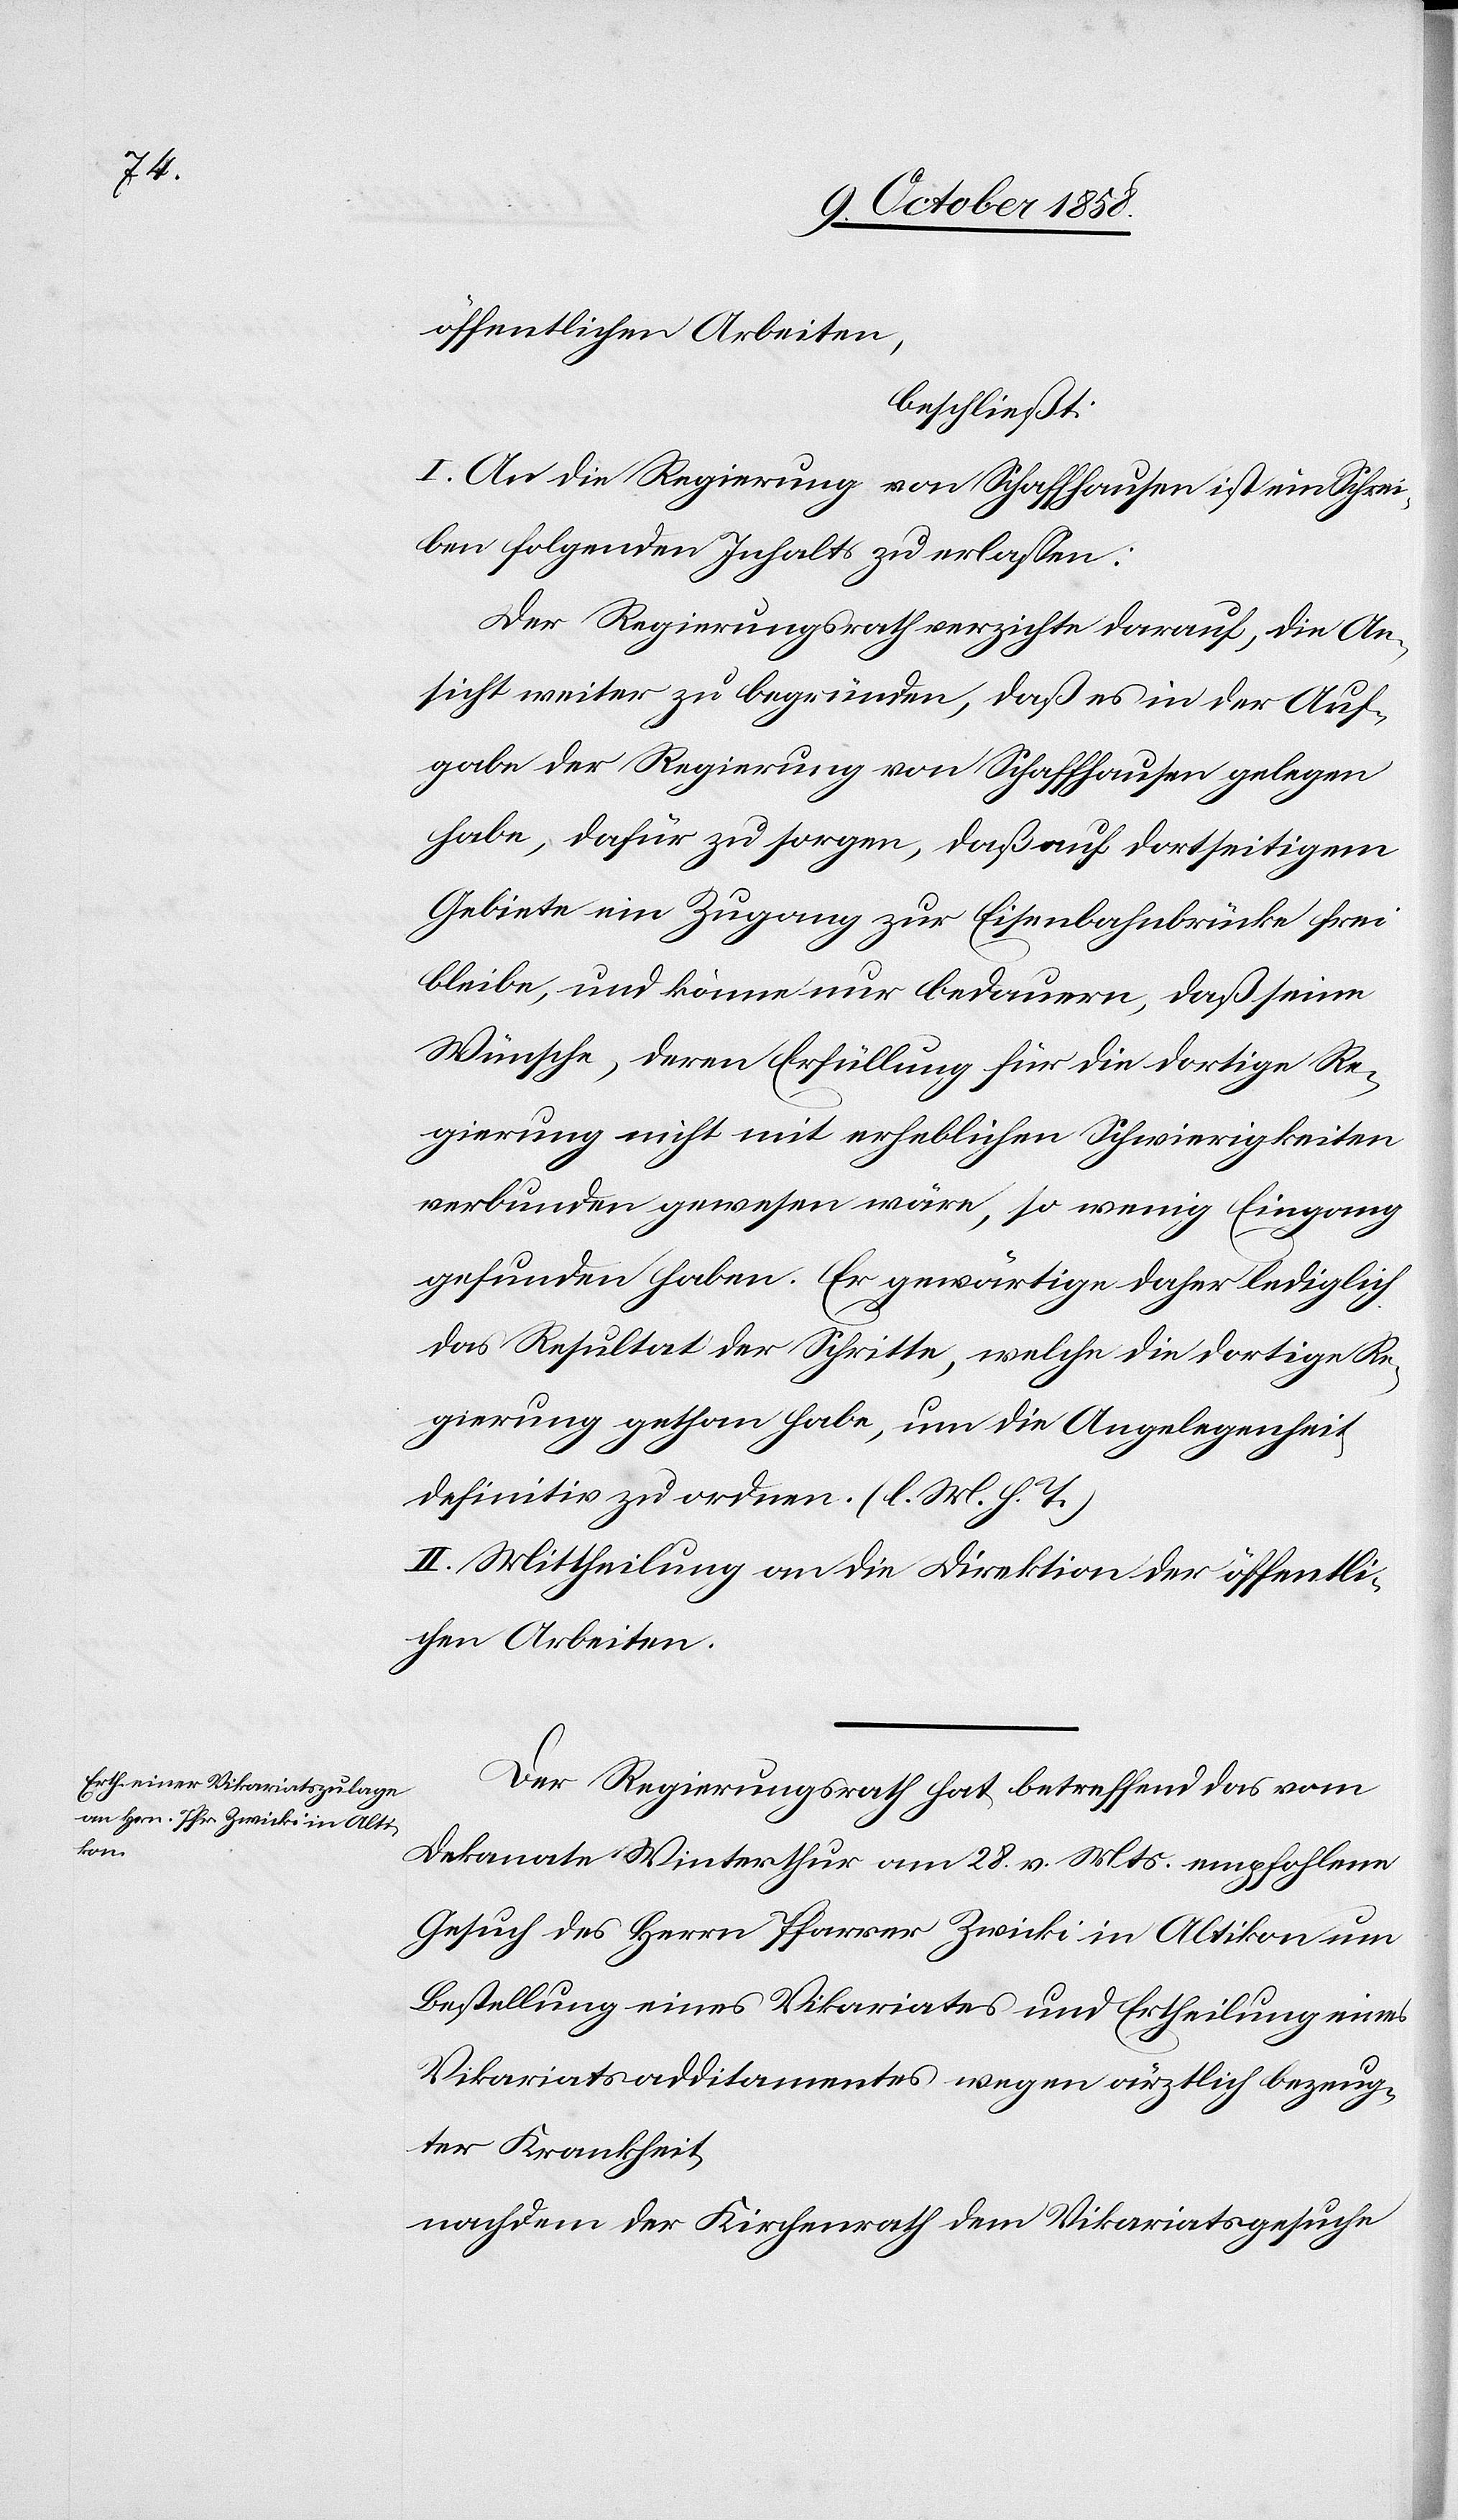
öffentlichen Arbeiten,
beschließt:
I. An die Regierung von Schaffhausen ist ein Schrei¬
ben folgenden Inhalts zu erlassen:
Der Regierungsrath verzichte darauf, die An¬
sicht weiter zu begründen, daß es in der Auf¬
gabe der Regierung von Schaffhausen gelegen
habe, dafür zu sorgen, daß auf dortseitigem
Gebiete ein Zugang zur Eisenbahnbrücke frei
bleibe, und könne nur bedauern, daß seine
Wünsche, deren Erfüllung für die dortige Re¬
gierung nicht mit erheblichen Schwierigkeiten
verbunden gewesen wäre, so wenig Eingang
gefunden haben. Er gewärtige daher lediglich
das Resultat der Schritte, welche die dortige Re¬
gierung gethan habe, um die Angelegenheit
definitiv zu ordnen. (l. M. h. T.)
II. Mittheilung an die Direktion der öffentli¬
chen Arbeiten.
Der Regierungsrath hat betreffend das vom
Dekanate Winterthur am 28. v. Mts. empfohlene
Gesuch des Herrn Pfarrer Zwicki in Altikon um
Bestellung eines Vikariates und Ertheilung eines
Vikariatsadditamentes wegen ärztlich bezeug¬
ter Krankheit,
nachdem der Kirchenrath dem Vikariatsgesuche